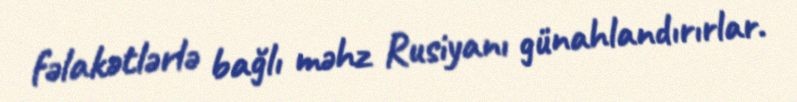
fəlakətlərlə bağlı məhz Rusiyanı günahlandırırlar.